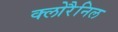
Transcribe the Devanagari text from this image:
क्लोरैनिल